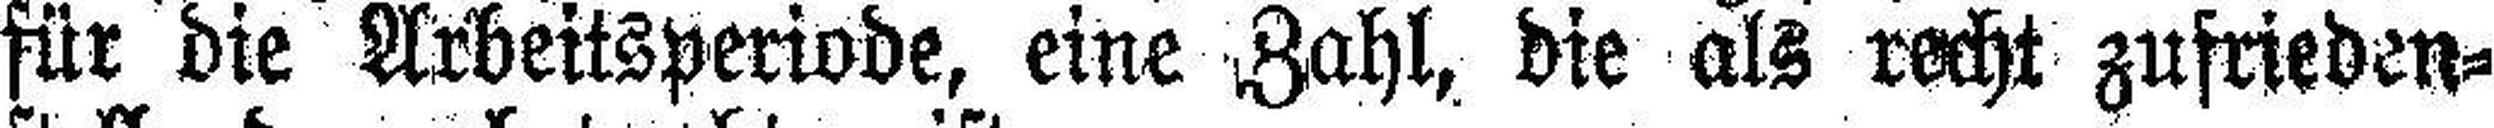
für die Arbeitsperiode, eine Zahl, die als recht zufrieden¬